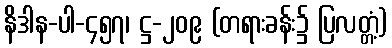
နိဒါန-ပါ-၄၅၇၊ ဋ္ဌ-၂၀၉ (တရားခန်း၌ ပြလတ္တံ့)